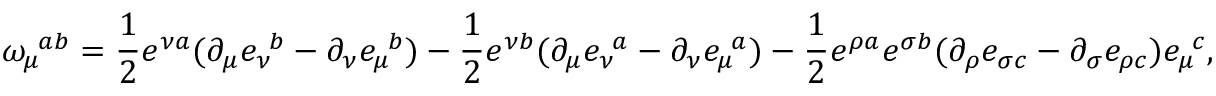
\omega _ { \mu } ^ { \ a b } = { \frac { 1 } { 2 } } e ^ { \nu a } ( \partial _ { \mu } e _ { \nu } ^ { \ b } - \partial _ { \nu } e _ { \mu } ^ { \ b } ) - { \frac { 1 } { 2 } } e ^ { \nu b } ( \partial _ { \mu } e _ { \nu } ^ { \ a } - \partial _ { \nu } e _ { \mu } ^ { \ a } ) - { \frac { 1 } { 2 } } e ^ { \rho a } e ^ { \sigma b } ( \partial _ { \rho } e _ { \sigma c } - \partial _ { \sigma } e _ { \rho c } ) e _ { \mu } ^ { \ c } ,